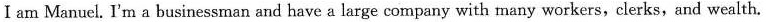
I am Manuel. I'm a businessman and have a large company with many workers, clerks, and wealth.